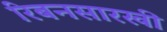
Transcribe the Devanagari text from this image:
रिबनसारखी